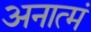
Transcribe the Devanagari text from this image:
अनात्मं